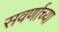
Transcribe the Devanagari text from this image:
सवर्णाच्या